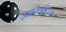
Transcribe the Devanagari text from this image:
झारखंड३३७